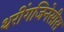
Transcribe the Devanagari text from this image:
थरींगजिनेसीस